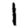
Digit: 1